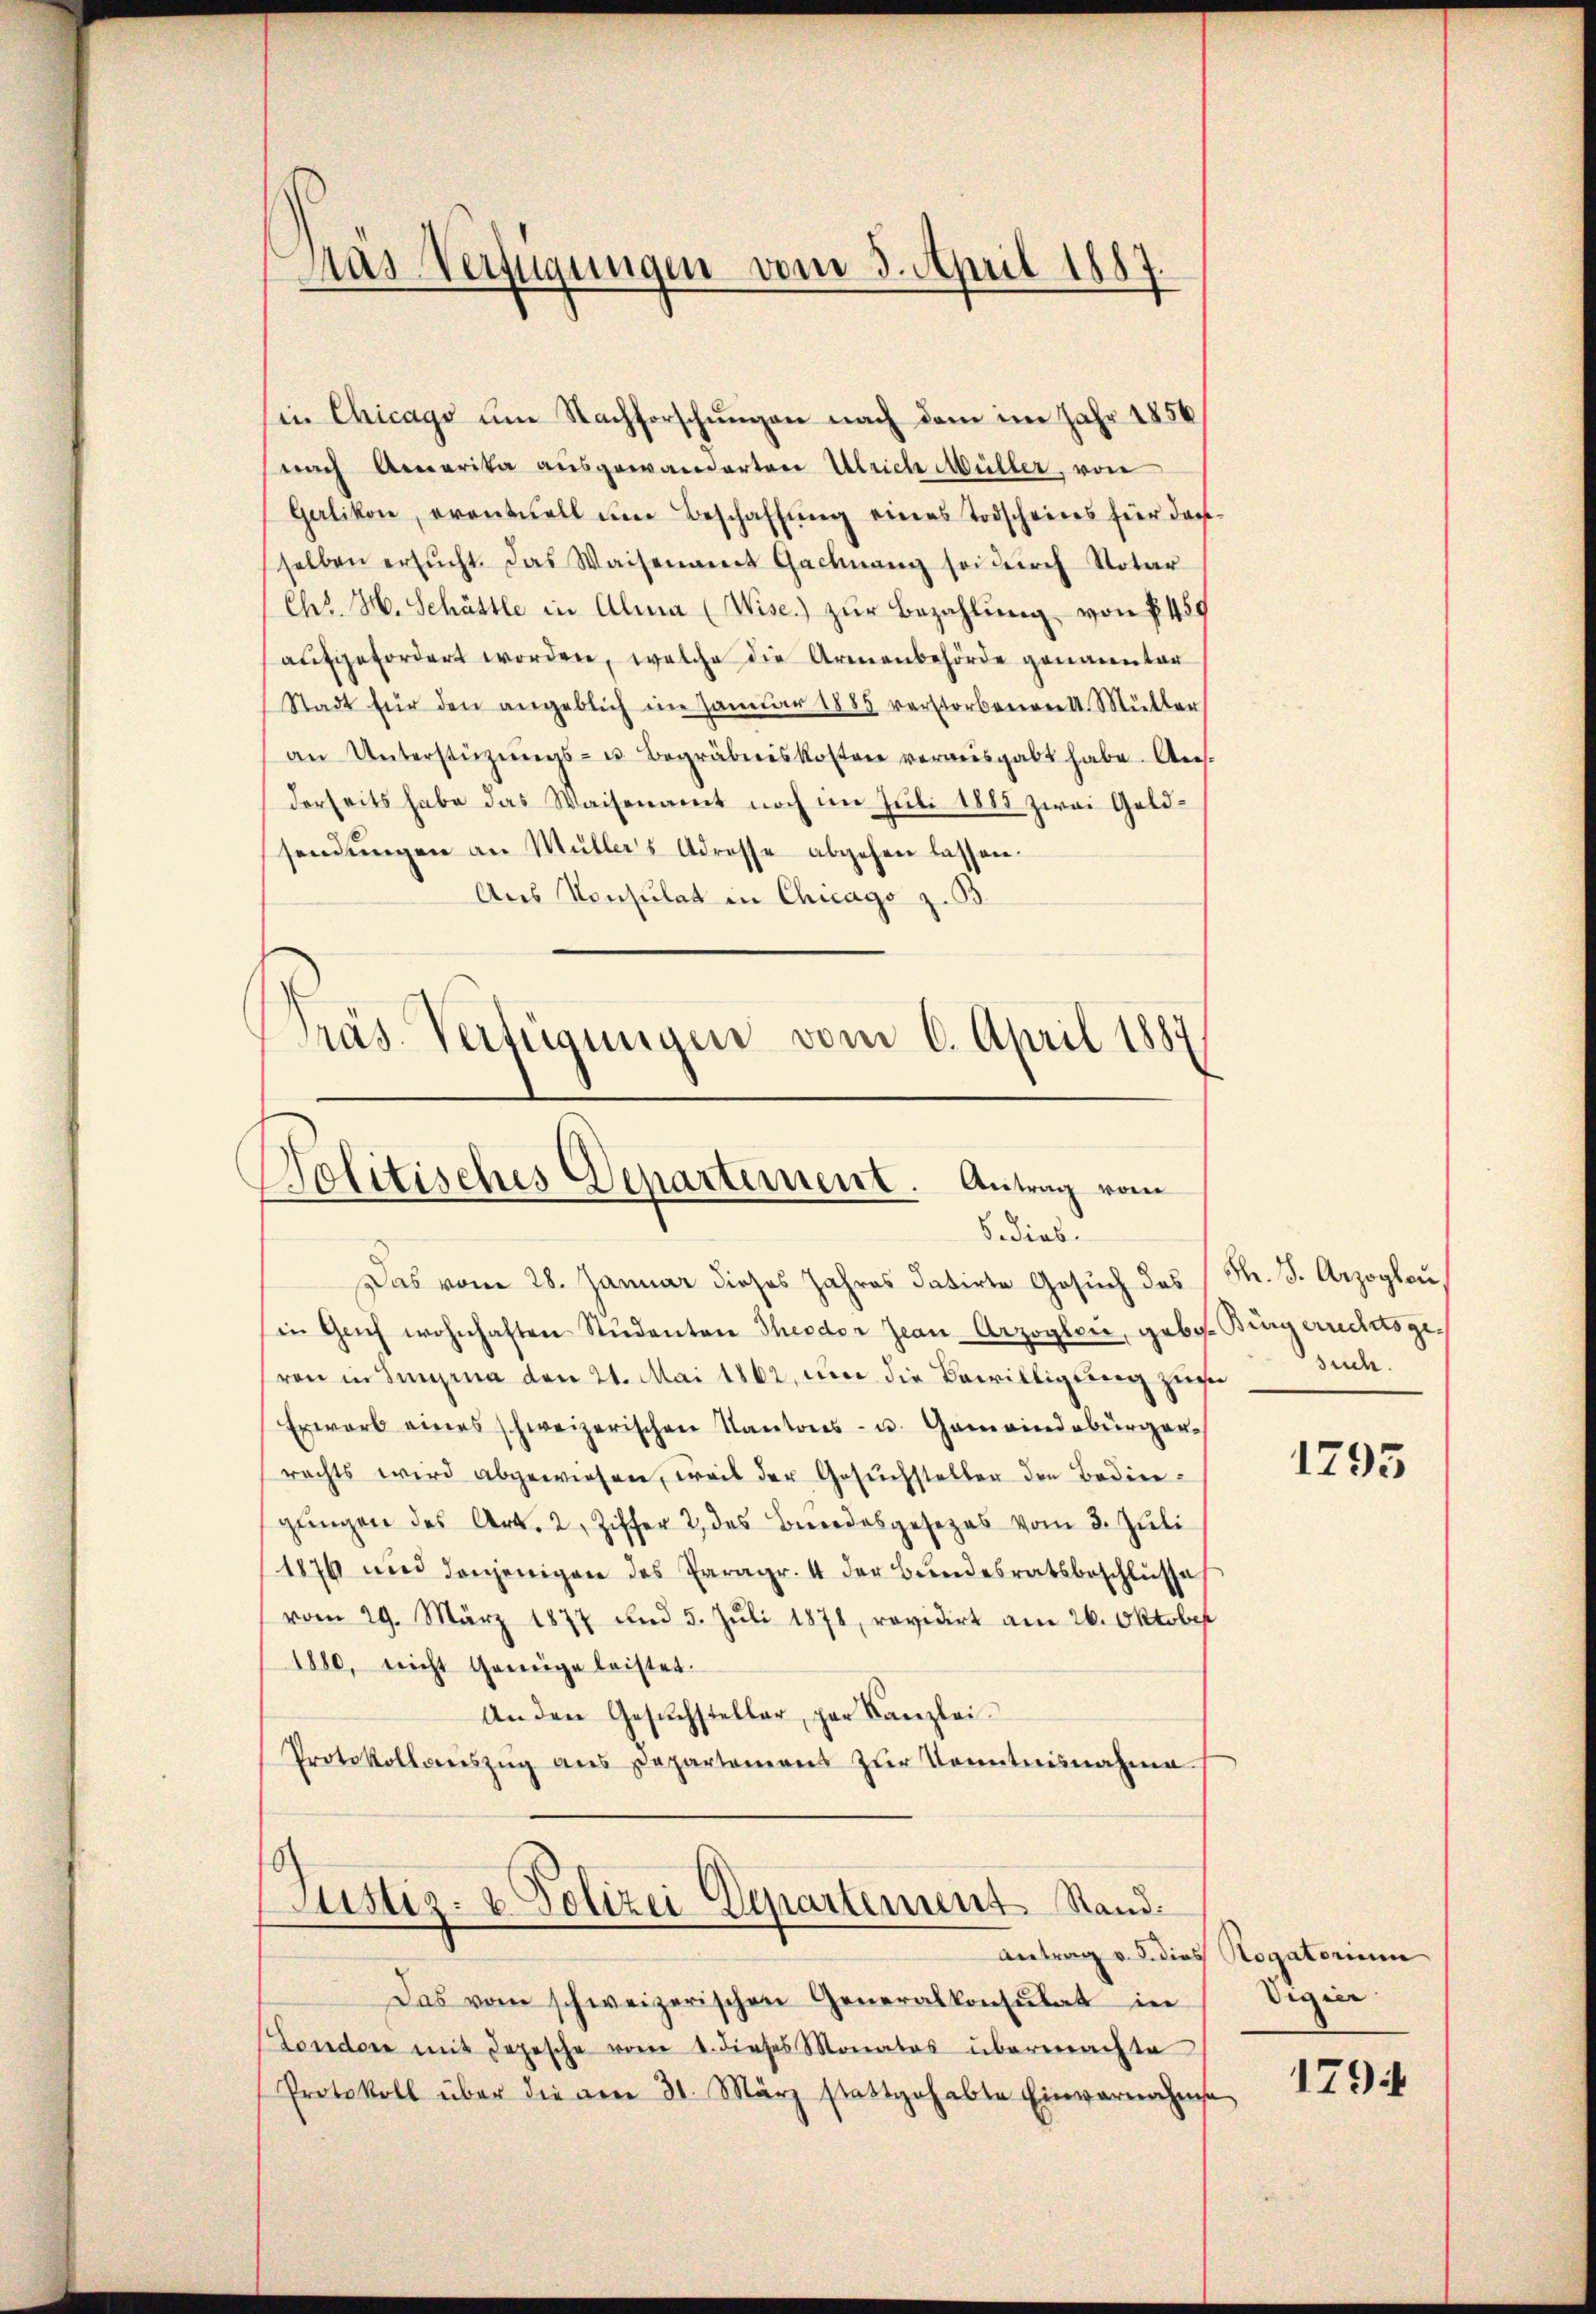
Mas Verfügungen vom 3. April 1887.

sin Chicago um Nachforschungen nach dem im Jahr 1856
nach Amerika ausgewanderten Ulrich Müller, von
Gerlikon, eventuell um Beschaffung eines Todscheines für darselben ersŭcht. Das Waisenamt Gachnang sei dŭrch Notar
Chr. H. Schättle in Alma (Wise) zŭr Bezahlung von § 459
aufgefordert worden, welche die Armenbehörde genannter
Stadt für den angeblich im Janŭar 1885 verstorbenen 1. Müller
an Unterstützŭngs- u. Begräbniskosten verausgabt habe. Ans
derseits habe das Waisenamt noch im Juli 1883 zwei Geldsendungen an Müllers Adresse abgehen lassen.
Aus Konsulat in Chicago z. B.
Präs. Verfügungen vom 6. April 1887

Politisches Departement. Antrag vom
S. dies

Das vom 28. Januar dieses Jahres datirte Gesuch das
in Geich wohnhaften Studenten Theodor Jean Arzogli, geb. Bürgerrechtsgevon in Singen den 21. Mai 1862 um die Bewilligung zus
Erwarb eines schweizerischen Kantons- u. Gemeindebürger-
rachts wird abgewiesen, weil der Gesuchsteller den Bediegŭngen des Art. 2 Ziffer 2, das Bewendesgesezes vom 3. Jŭli
1876 und denjenigen des Paragr. 4 der Bŭndesratsbeschlüsse
vom 29. März 1877 und 5. Jŭli 1878, revidirt am 26. Oktober
1880, nicht genüge leistet.
Anden Gesŭchsteller, par Kanzlei-
Protokollaŭszŭg ans Departement zŭr Kenntnisnahme
ustiz- & Polizei Departement Rand
antrag v. d. dies Rogatorium
Das vom schweizerischen Generalkonsulat in
London mit depesche vom 1. dieses Monates übermachte
Protokoll über die vom 31. März stattgehabte Einvernahme

F. S. Arzogen,
such.

1793

Vigier

1794